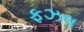
ફઝલ